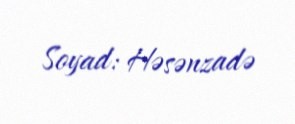
Soyad: Həsənzadə